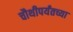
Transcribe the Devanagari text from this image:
चौथीपर्यंतच्या